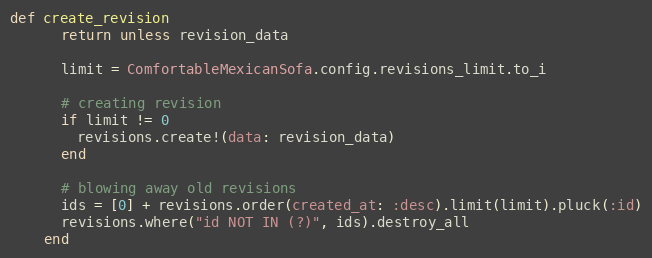
Language: Ruby
def create_revision
      return unless revision_data

      limit = ComfortableMexicanSofa.config.revisions_limit.to_i

      # creating revision
      if limit != 0
        revisions.create!(data: revision_data)
      end

      # blowing away old revisions
      ids = [0] + revisions.order(created_at: :desc).limit(limit).pluck(:id)
      revisions.where("id NOT IN (?)", ids).destroy_all
    end